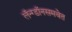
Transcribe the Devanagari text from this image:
लॅन्ग्डॉनसमवेत